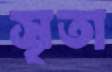
সৃতা